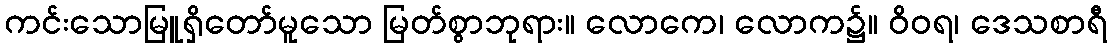
ကင်းသောမြူရှိတော်မူသော မြတ်စွာဘုရား။ လောကေ၊ လောက၌။ ဝိဝရ၊ ဒေသစာရီ